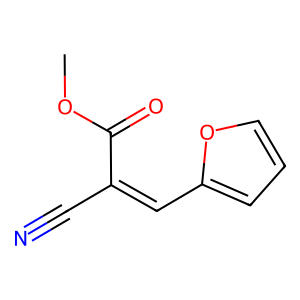
SMILES: COC(=O)C(C#N)=Cc1ccco1
Inhibits HIV replication: No